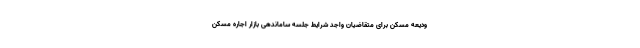
ودیعه مسکن برای متقاضیان واجد شرایط جلسه ساماندهی بازار اجاره مسکن